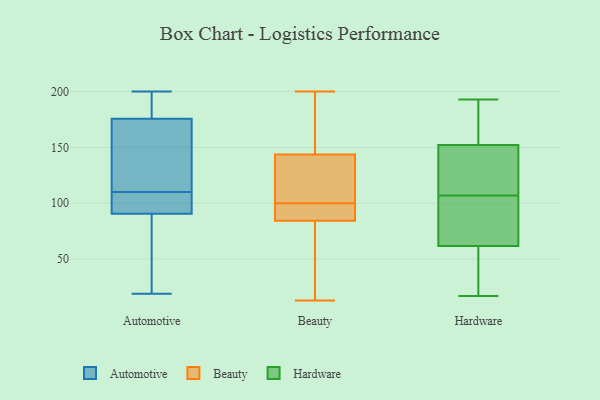
{"axis": {"x": "Active Users", "y": "Value"}, "legend": ["Automotive", "Beauty", "Hardware"], "data": [{"x": "", "y": 97, "type": "Automotive"}, {"x": "", "y": 184, "type": "Automotive"}, {"x": "", "y": 135, "type": "Automotive"}, {"x": "", "y": 191, "type": "Automotive"}, {"x": "", "y": 33, "type": "Automotive"}, {"x": "", "y": 19, "type": "Automotive"}, {"x": "", "y": 86, "type": "Automotive"}, {"x": "", "y": 173, "type": "Automotive"}, {"x": "", "y": 108, "type": "Automotive"}, {"x": "", "y": 135, "type": "Automotive"}, {"x": "", "y": 200, "type": "Automotive"}, {"x": "", "y": 47, "type": "Automotive"}, {"x": "", "y": 92, "type": "Automotive"}, {"x": "", "y": 98, "type": "Automotive"}, {"x": "", "y": 157, "type": "Automotive"}, {"x": "", "y": 199, "type": "Automotive"}, {"x": "", "y": 110, "type": "Automotive"}, {"x": "", "y": 86, "type": "Beauty"}, {"x": "", "y": 41, "type": "Beauty"}, {"x": "", "y": 100, "type": "Beauty"}, {"x": "", "y": 161, "type": "Beauty"}, {"x": "", "y": 200, "type": "Beauty"}, {"x": "", "y": 82, "type": "Beauty"}, {"x": "", "y": 13, "type": "Beauty"}, {"x": "", "y": 138, "type": "Beauty"}, {"x": "", "y": 44, "type": "Beauty"}, {"x": "", "y": 185, "type": "Beauty"}, {"x": "", "y": 85, "type": "Beauty"}, {"x": "", "y": 130, "type": "Beauty"}, {"x": "", "y": 89, "type": "Beauty"}, {"x": "", "y": 125, "type": "Beauty"}, {"x": "", "y": 161, "type": "Beauty"}, {"x": "", "y": 99, "type": "Beauty"}, {"x": "", "y": 120, "type": "Beauty"}, {"x": "", "y": 49, "type": "Hardware"}, {"x": "", "y": 144, "type": "Hardware"}, {"x": "", "y": 79, "type": "Hardware"}, {"x": "", "y": 17, "type": "Hardware"}, {"x": "", "y": 192, "type": "Hardware"}, {"x": "", "y": 138, "type": "Hardware"}, {"x": "", "y": 193, "type": "Hardware"}, {"x": "", "y": 155, "type": "Hardware"}, {"x": "", "y": 107, "type": "Hardware"}, {"x": "", "y": 101, "type": "Hardware"}, {"x": "", "y": 56, "type": "Hardware"}]}